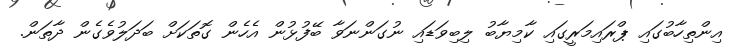
އިންތިހާބުގައި ޕްރައިމަރީގައި ކާމިޔާބު ލިބިވަޑައި ނުގަންނަވާ ބޭފުޅުން އެހެން ގޮތަކަށް ބަދަލުވެގެން ދާތަން.